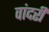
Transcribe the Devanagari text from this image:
वांदरी